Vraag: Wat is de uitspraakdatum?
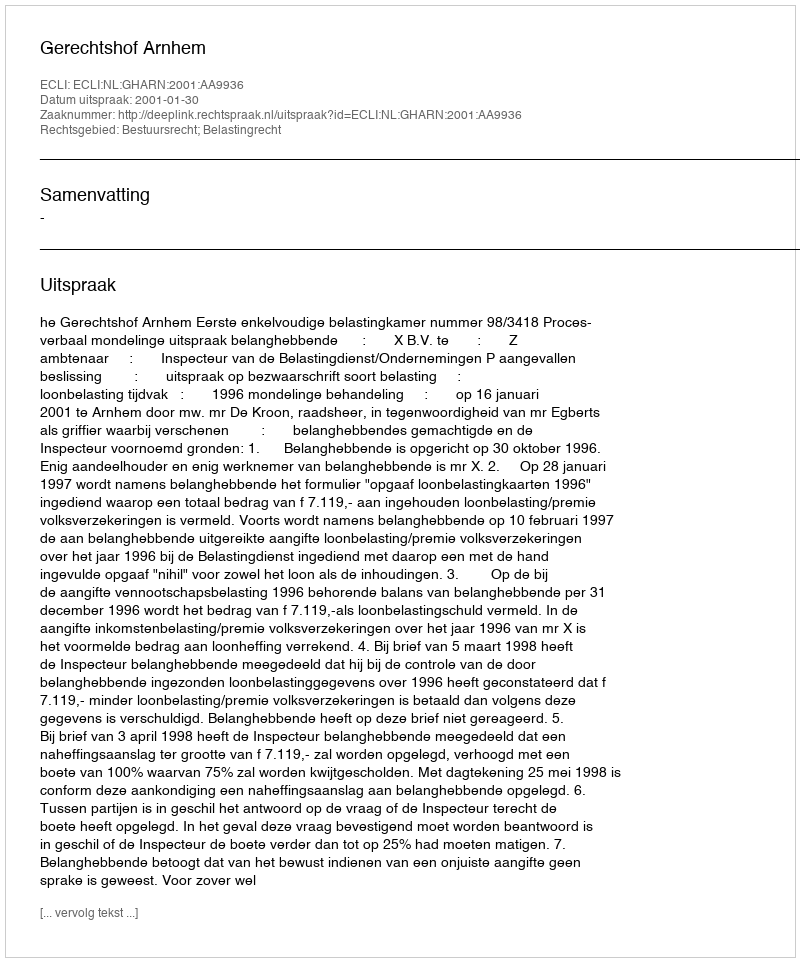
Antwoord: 2001-01-30